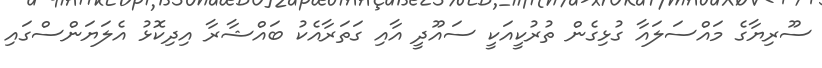
ސޫރިޔާގެ މައްސަލައާ ގުޅިގެން ތުރުކީއަކީ ސައޫދީ އާއި ގަތަރާއެކު ބައްޝާރާ އިދިކޮޅު އެލަޔަންސްގައި